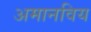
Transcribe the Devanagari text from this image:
अमानविय